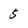
Character: 5